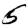
Digit: 5